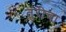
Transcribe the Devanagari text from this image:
तुरीचा